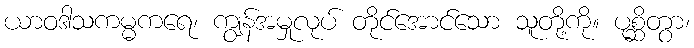
ယာဝဒါသကမ္မကရေ၊ ကျွန်အမှုလုပ် တိုင်အောင်သော သူတို့ကို။ ပုစ္ဆိတွာ၊